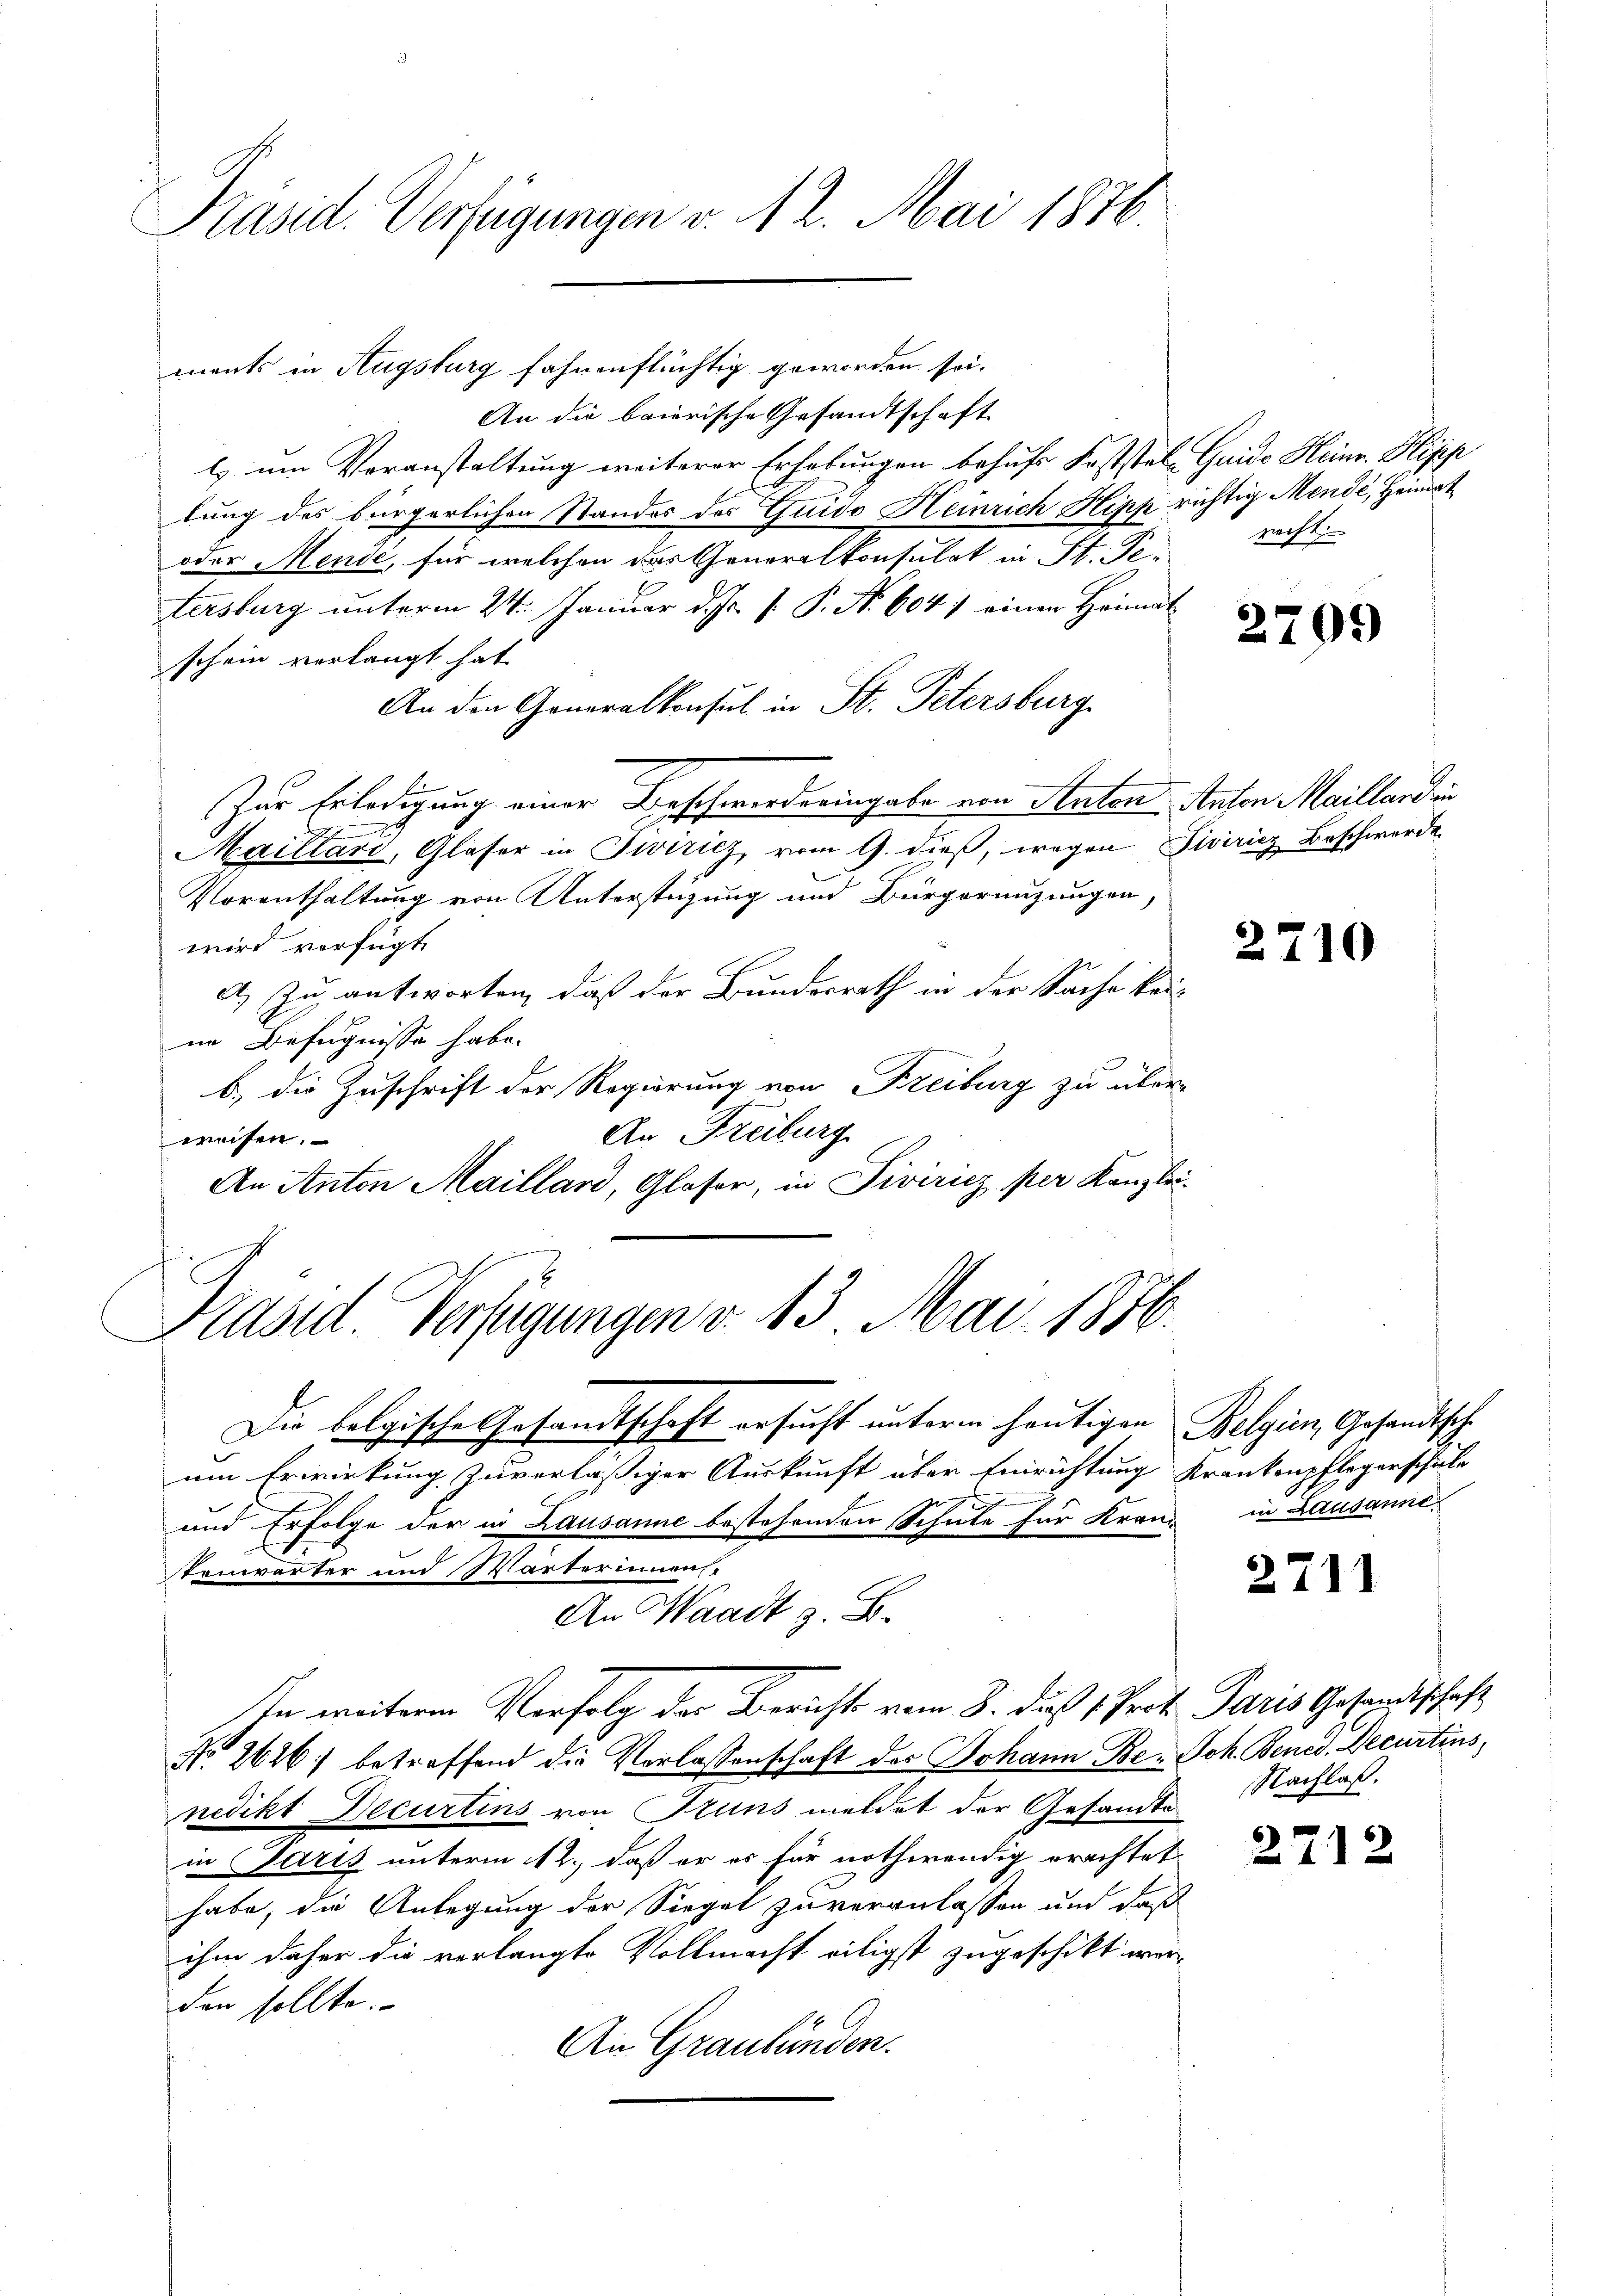
Pasid. Verfügungen v. 12. Mai 1876.

ments in Augsburg fahnenflüchtig geworden sei.

Präsid. Verfügungen v. 13. Mai 1856.

An Waadt z. B.
In weitere Verfolg der Berichts vom 8. dieß 1 Prof. Paris Gesandtschaft

An die baierische Gesandtschaft
l) um Veranstaltung weiterer Erhebungen behufs Koststel, Guido Heine Klipp
tung des bürgerlichen Standes des Guido Heinrich Hipp richtig Mende, Heimat
oder Mende, für welchen das Generalkonsulat in St. Pe- recht.
tersburg unterm 24. Januar d. Js. f. P. Nr. 604 einen Heimat
schein verlangt hat
An den Generalkonsul in St. Petersburg
Zur Erledigung einer Beschwerderingabe von Anton Anton Maillardin
e
Mailtari, Gläser in Zwiricz, vom 9. dieß, wegen Siviricz Beschwerde
Vorenthaltung von Unterstüzung und Bürgerenzungen,
wird verfügt
A.) Zu antworten, daß der Bundesrath in der Sache keiin Befugnisse habe.
b) die Zuschrift der Regierung von Freiburg zu über¬
An Freiburg
weisen.
An Anton Maillard, Glaser, in Piviricz per Kanzlei-

Die belgische Gesandtschaft ersucht unterm heutigen Belgien, Gesandtschum Erwirkung zuverläßiger Auskunft über Einrichtung Krankenpflegerschule
und Erfolge der in Lausanne bestehenden Schule für Kranz in Lausannetonwärter und Wärterinnens
No 2626 betreffend die Verlassenschaft des Johann Be- Joh. Bened. Decurtins,
nedikt Decurtins von Pruns meldet der Gesandte
in Parts unterm 12., daß er es für nothwendig erachtet
habe, die Anlegung der Siegel zu veranlassen und daß
ihm daher die verlangte Vollmacht eiligst zugeschickt wer-
den sollte.
An Graubünden.

2709

2710

2711

Nachlaß.

2712